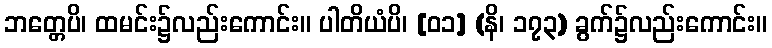
ဘတ္တေပိ၊ ထမင်း၌လည်းကောင်း။ ပါတိယံပိ၊ [၀၁] (နိ၊ ၁၇၃) ခွက်၌လည်းကောင်း။